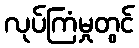
လုပ်ကြံမှုတွင်